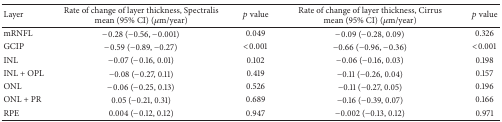
| Layer | Rate of change of layer thickness, Spectralis mean (95% CI) (μm/year) | p value | Rate of change of layer thickness, Cirrus mean (95% CI) (μm/year) | p value |
 | --- | --- | --- | --- | --- |
 | mRNFL | −0.28 (−0.56, −0.001) | 0.049 | −0.09 (−0.28, 0.09) | 0.326 |
 | GCIP | −0.59 (−0.89, −0.27) | <0.001 | −0.66 (−0.96, −0.36) | <0.001 |
 | INL | −0.07 (−0.16, 0.01) | 0.102 | −0.06 (−0.16, 0.03) | 0.198 |
 | INL + OPL | −0.08 (−0.27, 0.11) | 0.419 | −0.11 (−0.26, 0.04) | 0.157 |
 | ONL | −0.06 (−0.25, 0.13) | 0.526 | −0.11 (−0.27, 0.05) | 0.196 |
 | ONL + PR | 0.05 (−0.21, 0.31) | 0.689 | −0.16 (−0.39, 0.07) | 0.166 |
 | RPE | 0.004 (−0.12, 0.12) | 0.947 | −0.002 (−0.13, 0.12) | 0.971 |